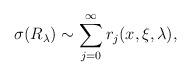
LaTeX: \begin{align*}\sigma(R_\lambda) \sim \sum_{j=0}^\infty r_j (x, \xi, \lambda),\end{align*}